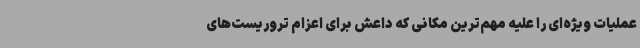
عملیات ویژه‌ای را علیه مهم‌ترین مکانی که داعش برای اعزام تروریست‌های